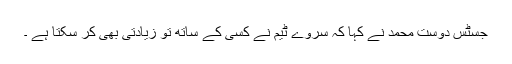
جسٹس دوست محمد نے کہا کہ سروے ٹیم نے کسی کے ساتھ تو زیادتی بھی کر سکتا ہے ۔